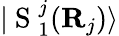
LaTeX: \vert\mathrm{~S~}_{1}^{j}(\mathbf{R}_{j})\rangle